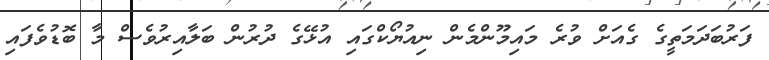
ފަރުބަދަމަތީގެ ގެއަށް ވުރެ މައިމޫންމެން ނިއުޔޯކްގައި އުޅޭގެ ދުރުން ބަލާއިރުވެސް މާ ބޮޑުވެފައި